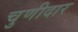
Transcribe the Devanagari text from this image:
चुणीदार